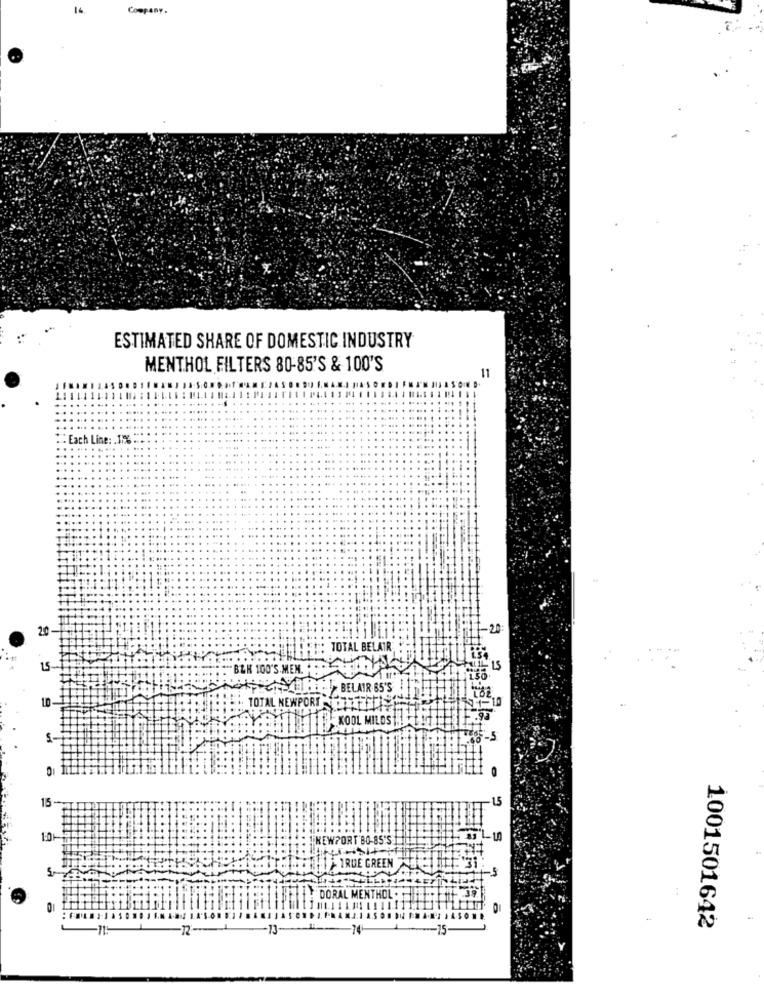
16
Company.
ESTIMATED SHARE OF DOMESTIC INDUSTRY
MENTHOL FILTERS 80-85'S & 100'S
11
- Each Line: . 1%%
2.0
-1-20:
TOTAL BELAIR
15-
"BLK 100'S.MEN ...
Hey BELAIR 65'S
10
TOTAL NEWPORDOTTO
KOOL MILOS !!
6 -5
15-
1:0+
NEWPORT BO-85'S
THU TRUE GREEN
-5
DORAL MENTHOL.
0
13
-74
-15-
1001501642